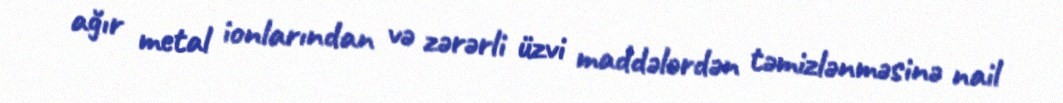
ağır metal ionlarından və zərərli üzvi maddələrdən təmizlənməsinə nail